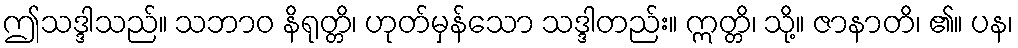
ဤသဒ္ဒါသည်။ သဘာဝ နိရုတ္တိ၊ ဟုတ်မှန်သော သဒ္ဒါတည်း။ ဣတ္တိ၊ သို့။ ဇာနာတိ၊ ၏။ ပန၊